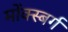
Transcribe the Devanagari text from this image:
मोंक्स्बर्ग